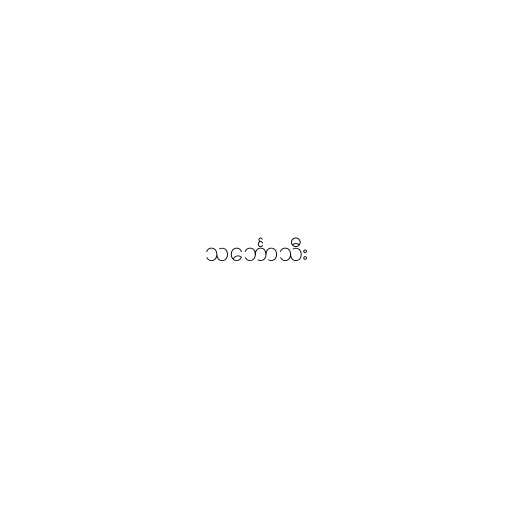
သင်္ဘောသီး